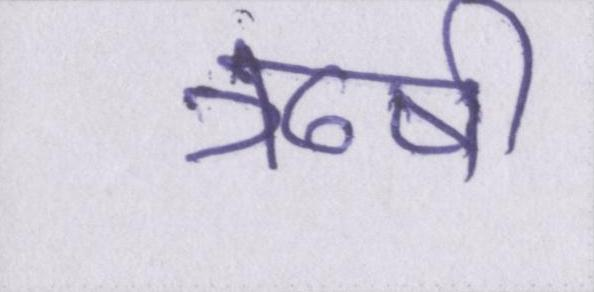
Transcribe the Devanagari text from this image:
ऋषी